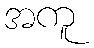
အကူ